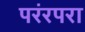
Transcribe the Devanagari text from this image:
परंरपरा